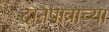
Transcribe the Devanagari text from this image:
दानपात्राच्या